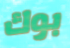
بوك